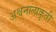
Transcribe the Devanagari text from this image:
अश्वनालाकृती